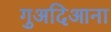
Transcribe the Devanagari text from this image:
गुअदिआना